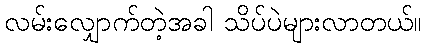
လမ်းလျှောက်တဲ့အခါ သိပ်ပဲများလာတယ်။